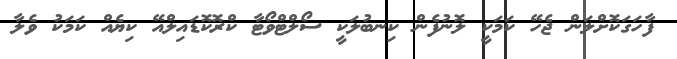
ފާހަގަކޮށްލަން ޖެހޭ ކަމަކީ ލޮނުފެން ކިނބުލަކީ ސޯލްޓްވޯޓާ ކްރޮކޮޑައިލްއޭ ކިޔެއް ކަމަކު ވެލާ